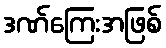
ဒဏ်ကြေးအဖြစ်